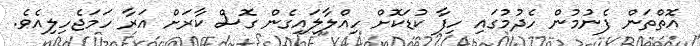
އޮތްތަން ފެނުމުން ހެދުމުގައި ހިފާ ކުޑަކޮށް ހިއްލާލައިގެން ގޮސް ކާރަށް އަރާ ހަމަޖެހިލިއެވެ.